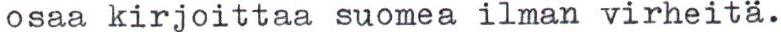
osaa kirjoittaa suomea ilman virheitä.